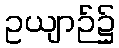
ဥယျာဉ်၌